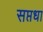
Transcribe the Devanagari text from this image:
सप्तधा